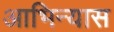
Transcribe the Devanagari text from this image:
आभिन्यास